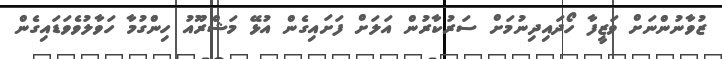
ޒުވާނުންނަށް ވަޒީފާ ހޯދައިދިނުމަށް ސަރުކާރުން އަލަށް ފަށައިގެން އުޅޭ މަޝްރޫއު ހިންގުމާ ހަވާލުވެވަޑައިގެން